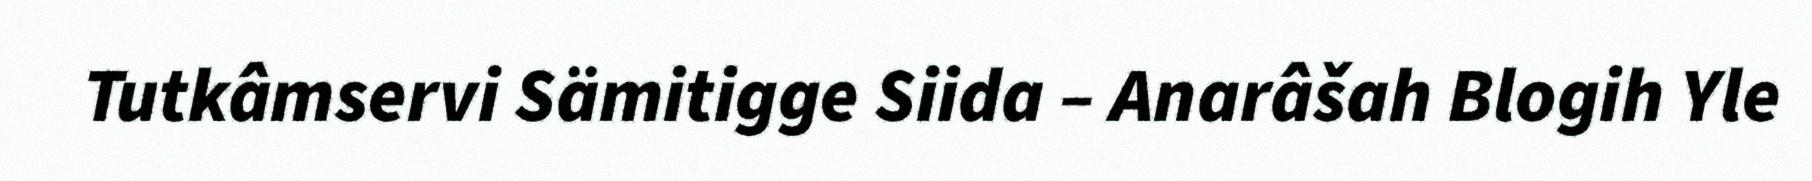
Tutkâmservi Sämitigge Siida – Anarâšah Blogih Yle